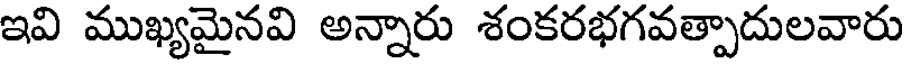
ఇవి ముఖ్యమైనవి అన్నారు శంకరభగవత్పాదులవారు